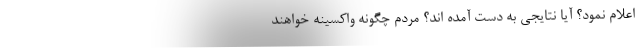
اعلام نمود؟ آیا نتایجی به دست آمده اند؟ مردم چگونه واکسینه خواهند